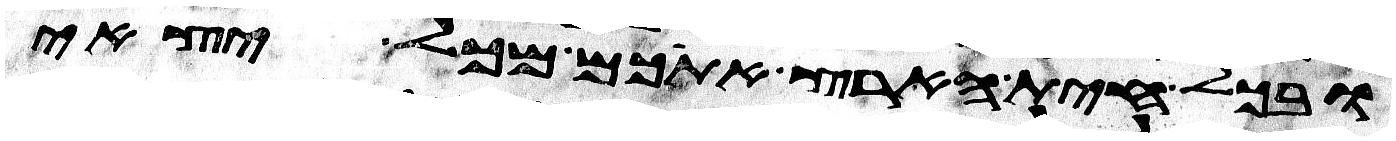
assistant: ובכל חית הארץ אתכם מכל יצאי